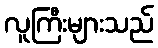
လူကြီးများသည်